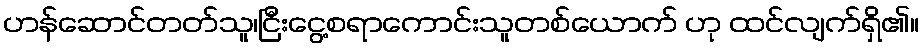
ဟန်ဆောင်တတ်သူ၊ငြီးငွေ့စရာကောင်းသူတစ်ယောက် ဟု ထင်လျက်ရှိ၏။